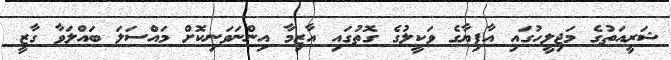
ޝަރީއަތުގެ މަޖިލީހުގައި އާފިޔާގެ ވަކީލުގެ ގޮތުގައި އާޒިމާ އިންނަވަނިކޮށް މައްސަލަ ބައްލަވާ ގާޒީ